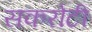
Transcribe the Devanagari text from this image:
सकरोटी